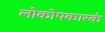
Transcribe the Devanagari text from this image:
लोकोपकारकं